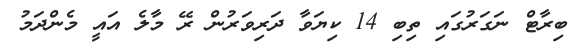
ބިރާޓް ނަގަރުގައި ތިބި 14 ކިޔަވާ ދަރިވަރުން ރޭ މާލެ އައީ މެންދަމު